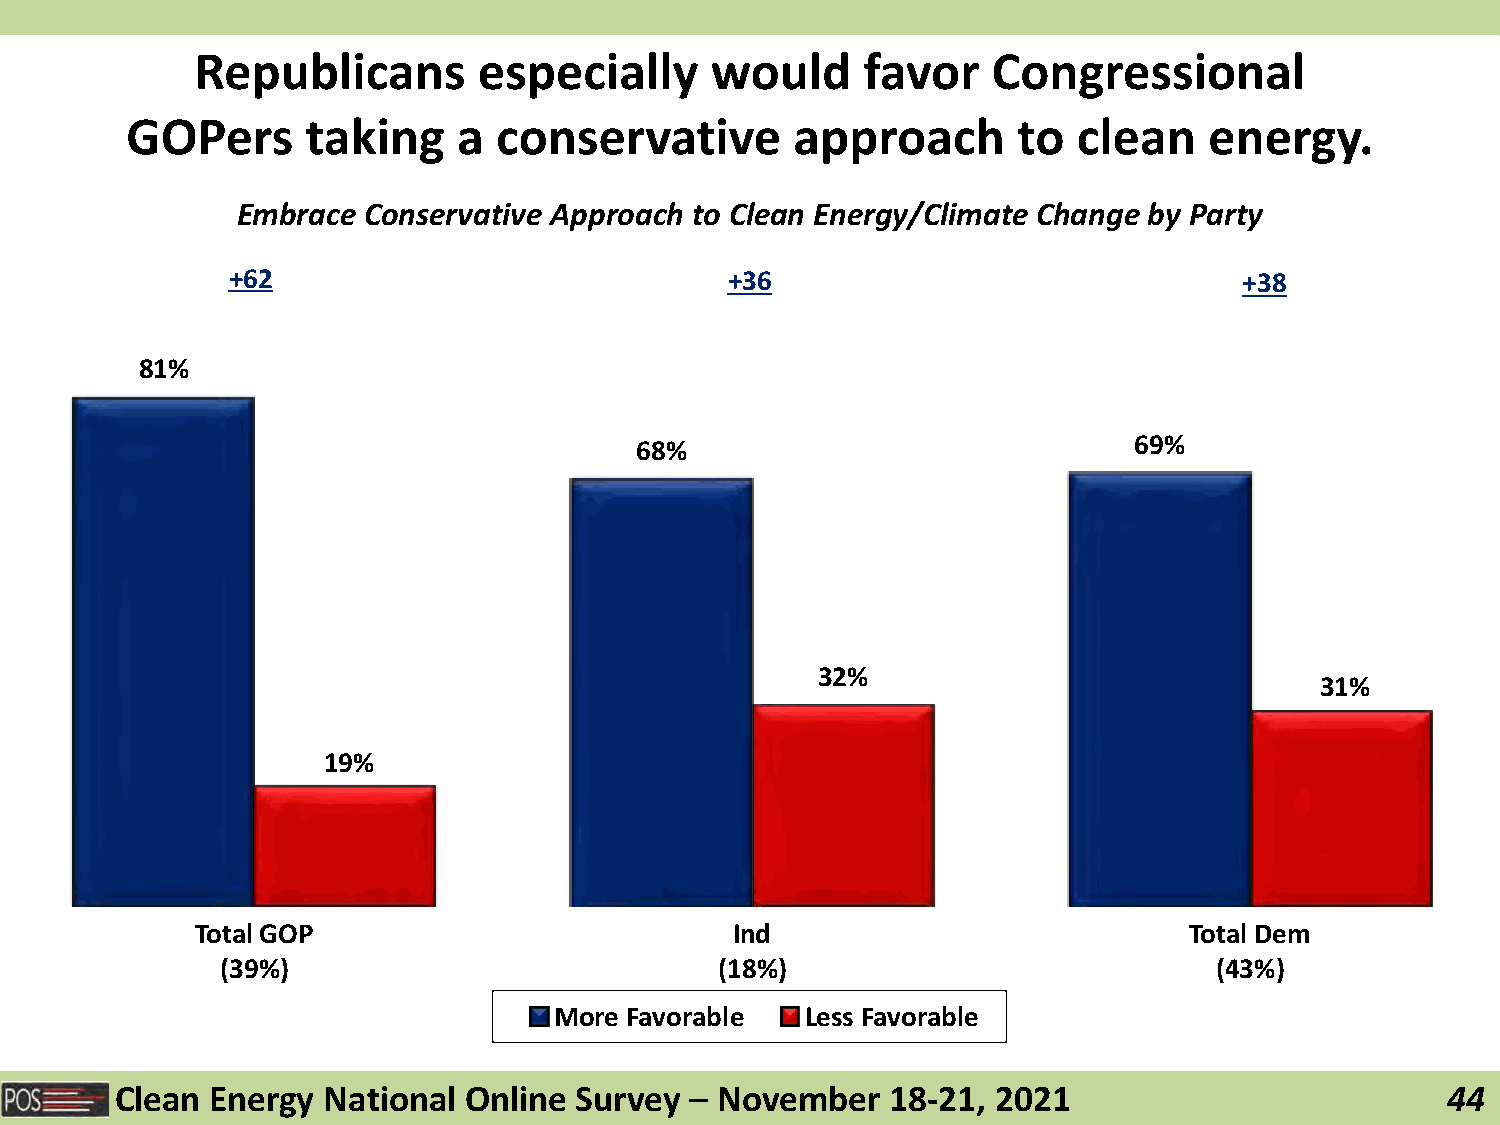
Republicans        especially     would     favor    Congressional
 GOPers      taking    a  conservative        approach      to  clean    energy.
 Embrace Conservative Approach to Clean Energy/Climate Change by Party
 +62                              +36                               +38
 81%
 69%
 68%
 32%
 31%
 19%
 Total GOP                           Ind                           Total Dem
 (39%)                            (18%)                           (43%)
 More Favorable  Less Favorable
 Clean Energy National  Online Survey  – November   18-21, 2021                          44